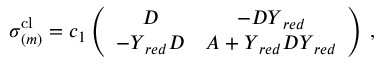
\begin{array} { r } { \boldsymbol { \sigma } _ { ( m ) } ^ { \mathrm { c l } } = c _ { 1 } \left( \begin{array} { c c } { \boldsymbol { D } } & { - \boldsymbol { D } \boldsymbol { Y } _ { r e d } } \\ { - \boldsymbol { Y } _ { r e d } \boldsymbol { D } } & { \boldsymbol { A } + \boldsymbol { Y } _ { r e d } \boldsymbol { D } \boldsymbol { Y } _ { r e d } } \end{array} \right) \, , } \end{array}